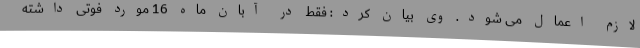
لازم اعمال می شود. وی بیان کرد: فقط در آبان ماه 16 مورد فوتی داشته